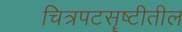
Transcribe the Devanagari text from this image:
चित्रपटसॄष्टीतील